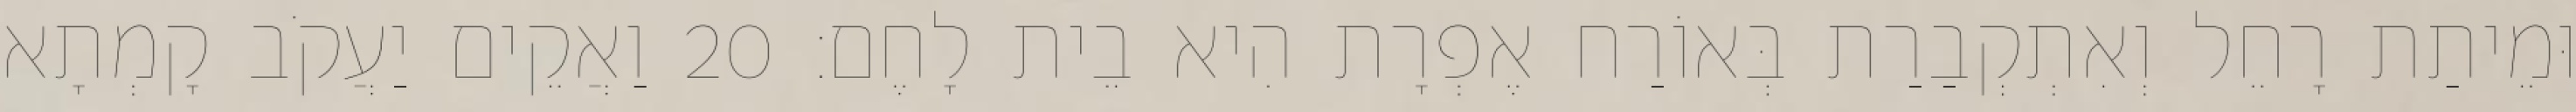
וּמֵיתַת רָחֵל וְאִתְקְבַרַת בְּאוֹרַח אֶפְרָת הִיא בֵית לָחֶם׃ 20 וַאֲקֵים יַעֲקֹב קָמְתָא